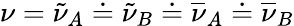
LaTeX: \nu=\tilde{\nu}_{A}\doteq\tilde{\nu}_{B}\doteq\overline{{\nu}}_{A}\doteq\overline{{\nu}}_{B}